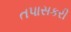
તપાસકરી